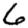
Digit: 6